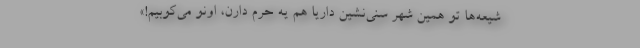
شیعه‌ها تو همین شهر سُنی‌نشین داریا هم یه حرم دارن، اونو می‌کوبیم!»